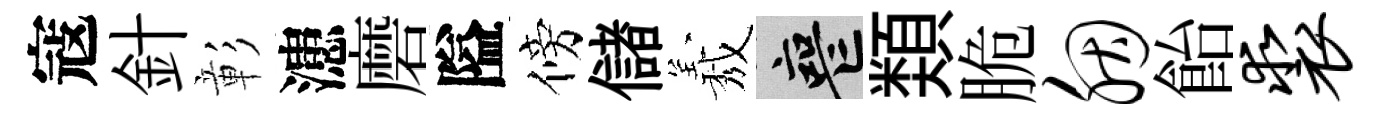
寇針彰漶磨隘傍儲𦏁喪𩔖脆胭飴裘